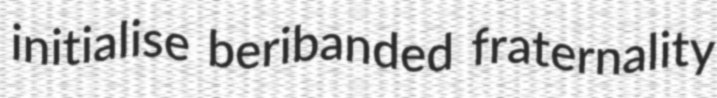
initialise beribanded fraternality